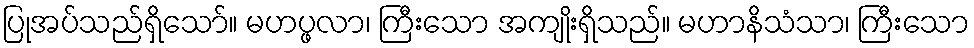
ပြုအပ်သည်ရှိသော်။ မဟပ္ဖလာ၊ ကြီးသော အကျိုးရှိသည်။ မဟာနိသံသာ၊ ကြီးသော